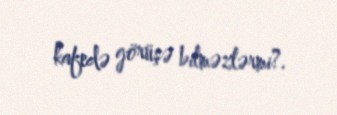
kafedə görüşə bilməzlərmi?.